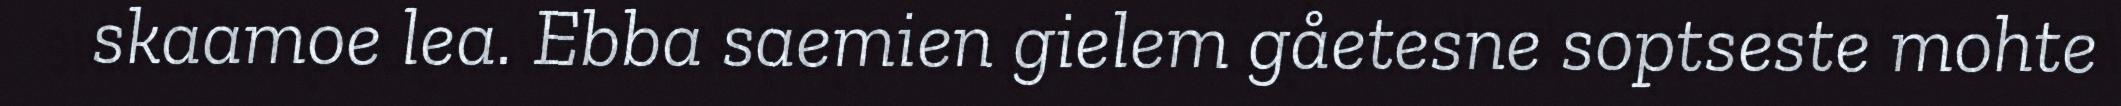
skaamoe lea. Ebba saemien gielem gåetesne soptseste mohte